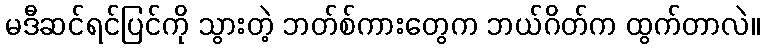
မဒီဆင်ရင်ပြင်ကို သွားတဲ့ ဘတ်စ်ကားတွေက ဘယ်ဂိတ်က ထွက်တာလဲ။